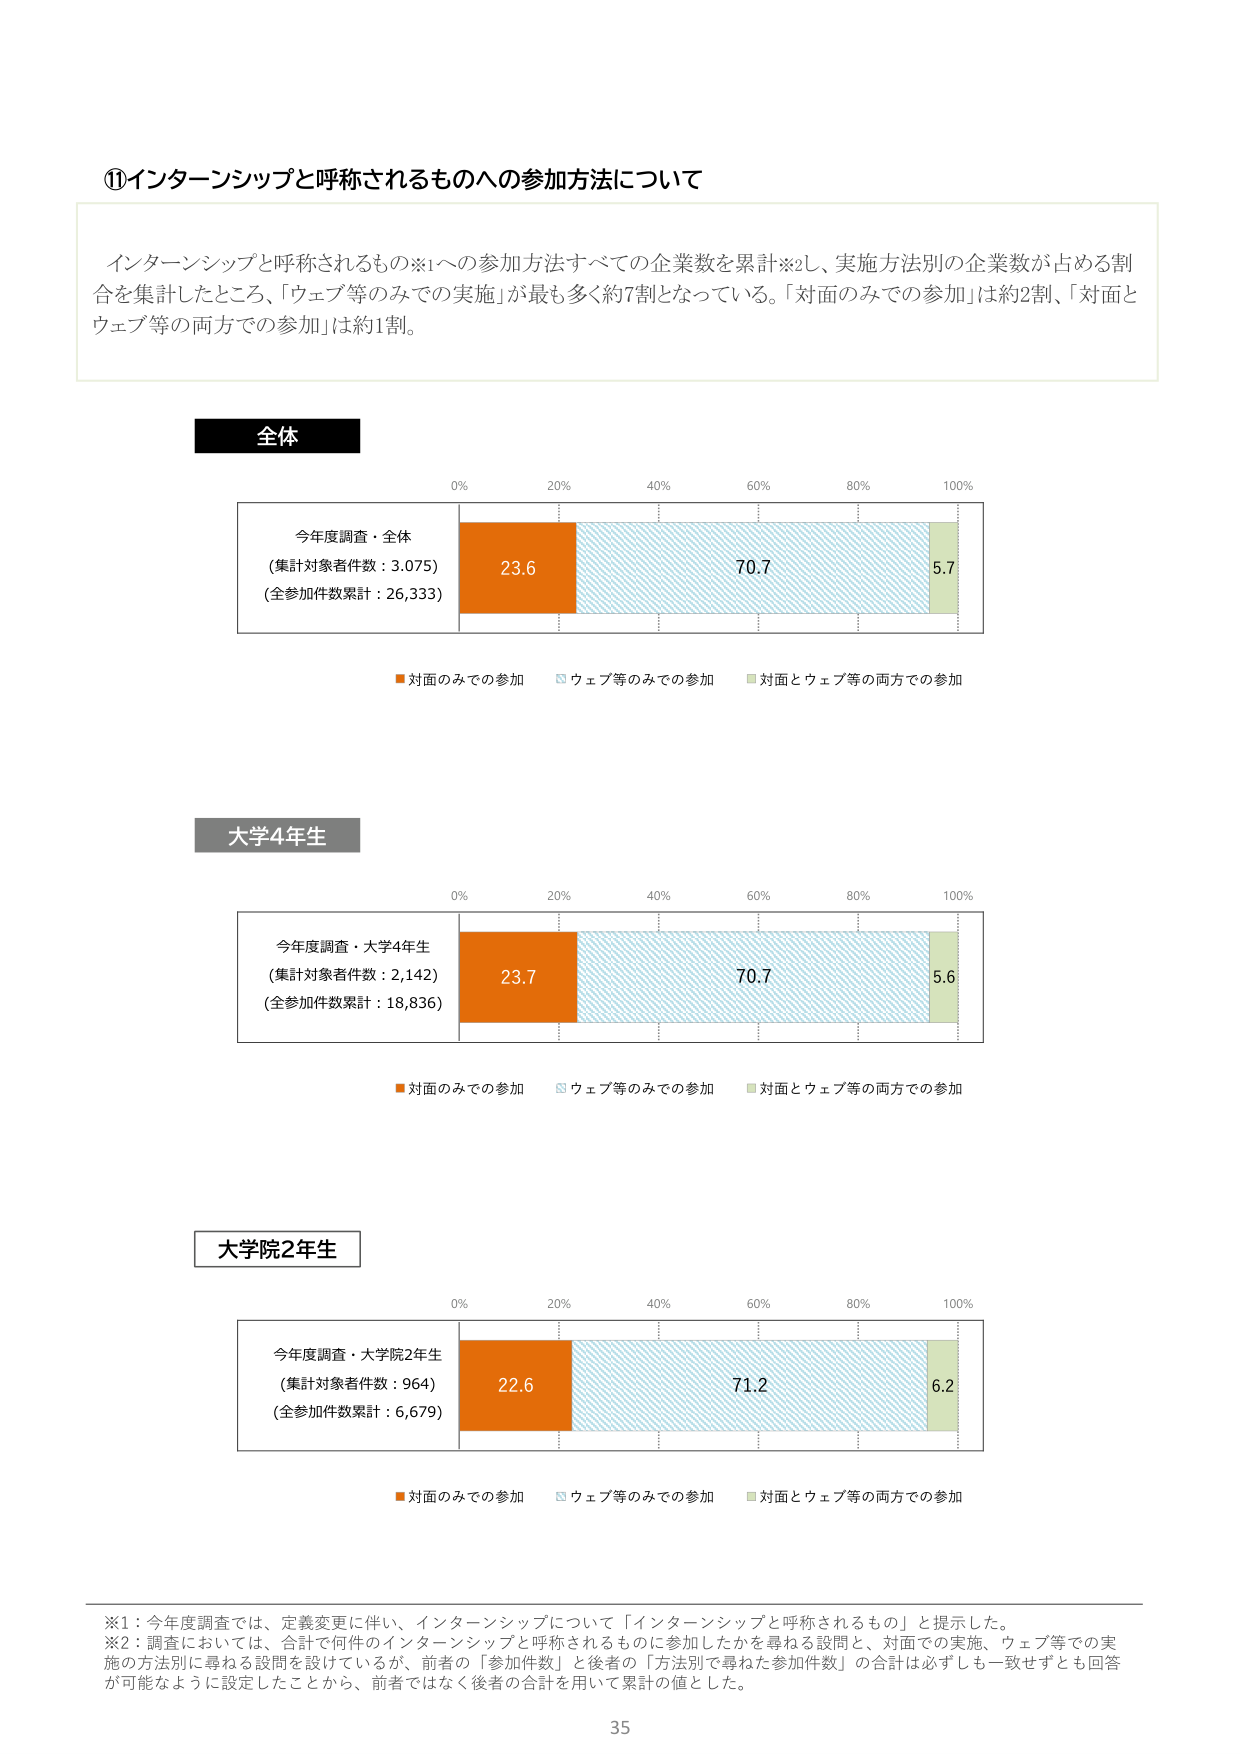
⑪インターンシップと呼称されるものへの参加方法について

インターンシップと呼称されるもの※1への参加方法すべての企業数を累計※2し、実施方法別の企業数が占める割合を集計したところ、「ウェブ等のみでの実施」が最も多く約7割となっている。「対面のみでの参加」は約2割、「対面とウェブ等の両方での参加」は約1割。

全体

今年度調査・全体
（集計対象者件数：3,075）
（全参加件数累計：26,333）

23.6　70.7　5.7

■対面のみでの参加　□ウェブ等のみでの参加　■対面とウェブ等の両方での参加

大学4年生

今年度調査・大学4年生
（集計対象者件数：2,142）
（全参加件数累計：18,836）

23.7　70.7　5.6

■対面のみでの参加　□ウェブ等のみでの参加　■対面とウェブ等の両方での参加

大学院2年生

今年度調査・大学院2年生
（集計対象者件数：964）
（全参加件数累計：6,679）

22.6　71.2　6.2

■対面のみでの参加　□ウェブ等のみでの参加　■対面とウェブ等の両方での参加

※1：今年度調査では、定義変更に伴い、インターンシップについて「インターンシップと呼称されるもの」と提示した。
※2：調査においては、合計で何件のインターンシップと呼称されるものに参加したかを尋ねる設問と、対面での実施、ウェブ等での実施の方法別に尋ねる設問を設けているが、前者の「参加件数」と後者の「方法別で尋ねた参加件数」の合計は必ずしも一致せずとも回答が可能ないように設定したことから、前者ではなく後者の合計を用いて累計の値とした。

35